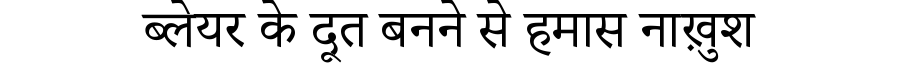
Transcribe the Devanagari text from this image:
ब्लेयर के दूत बनने से हमास नाख़ुश